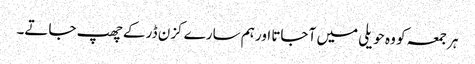
ہر جمعہ کو وہ حویلی میں آ جاتا اور ہم سارے کزن ڈر کے چھپ جاتے۔